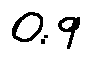
0 . 9